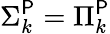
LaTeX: \Sigma_{k}^{\mathsf{P}}=\Pi_{k}^{\mathsf{P}}